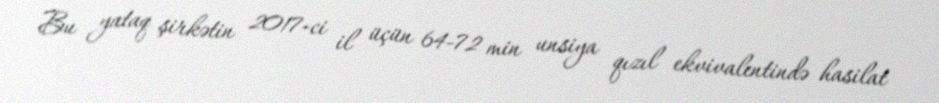
Bu yataq şirkətin 2017-ci il üçün 64-72 min unsiya qızıl ekvivalentində hasilat